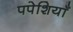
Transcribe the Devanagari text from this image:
पपेशियाँ